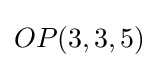
OP(3,3,5)